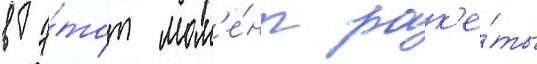
в э́тот мом'е́нт рак'е́ты